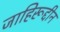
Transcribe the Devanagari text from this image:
जाहिरूद्दीन